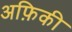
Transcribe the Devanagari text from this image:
अफ़िकी